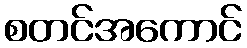
စတင်အကောင်